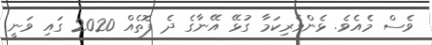
ވެސް މެއެވެ. ޅެންވެރިކަމާ ގުޅޭ އޭނާގެ ދެ ފޮތެއް 2020 ގައި ވަނީ